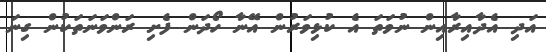
އަދި އެދާއިރާއިން ނުވަތަ އެ ކުޅިވަރުން އޭނާ ހޯދަން ފެށި ރަންވަނަތަކުން ގިނަ